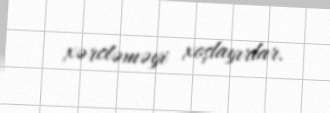
xərcləməyi xoşlayırlar.